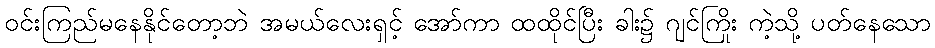
ဝင်းကြည်မနေနိုင်တော့ဘဲ အမယ်လေးရှင့် အော်ကာ ထထိုင်ပြီး ခါး၌ ဂျင်ကြိုး ကဲ့သို့ ပတ်နေသော